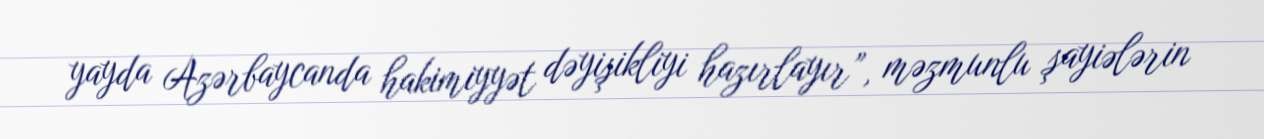
yayda Azərbaycanda hakimiyyət dəyişikliyi hazırlayır”, məzmunlu şayiələrin